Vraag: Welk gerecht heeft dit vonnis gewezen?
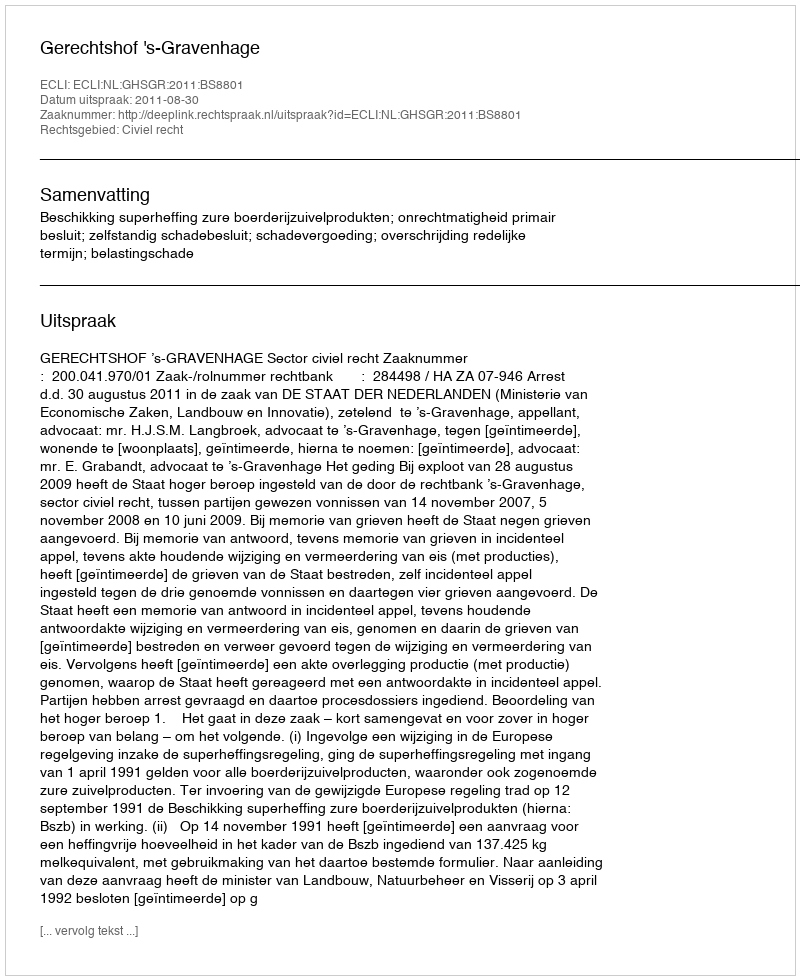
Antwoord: Gerechtshof 's-Gravenhage